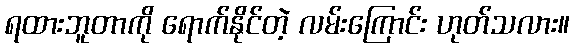
ရထားဘူတာကို ရောက်နိုင်တဲ့ လမ်းကြောင်း ဟုတ်သလား။